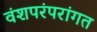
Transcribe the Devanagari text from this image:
वंशपरंपरांगत